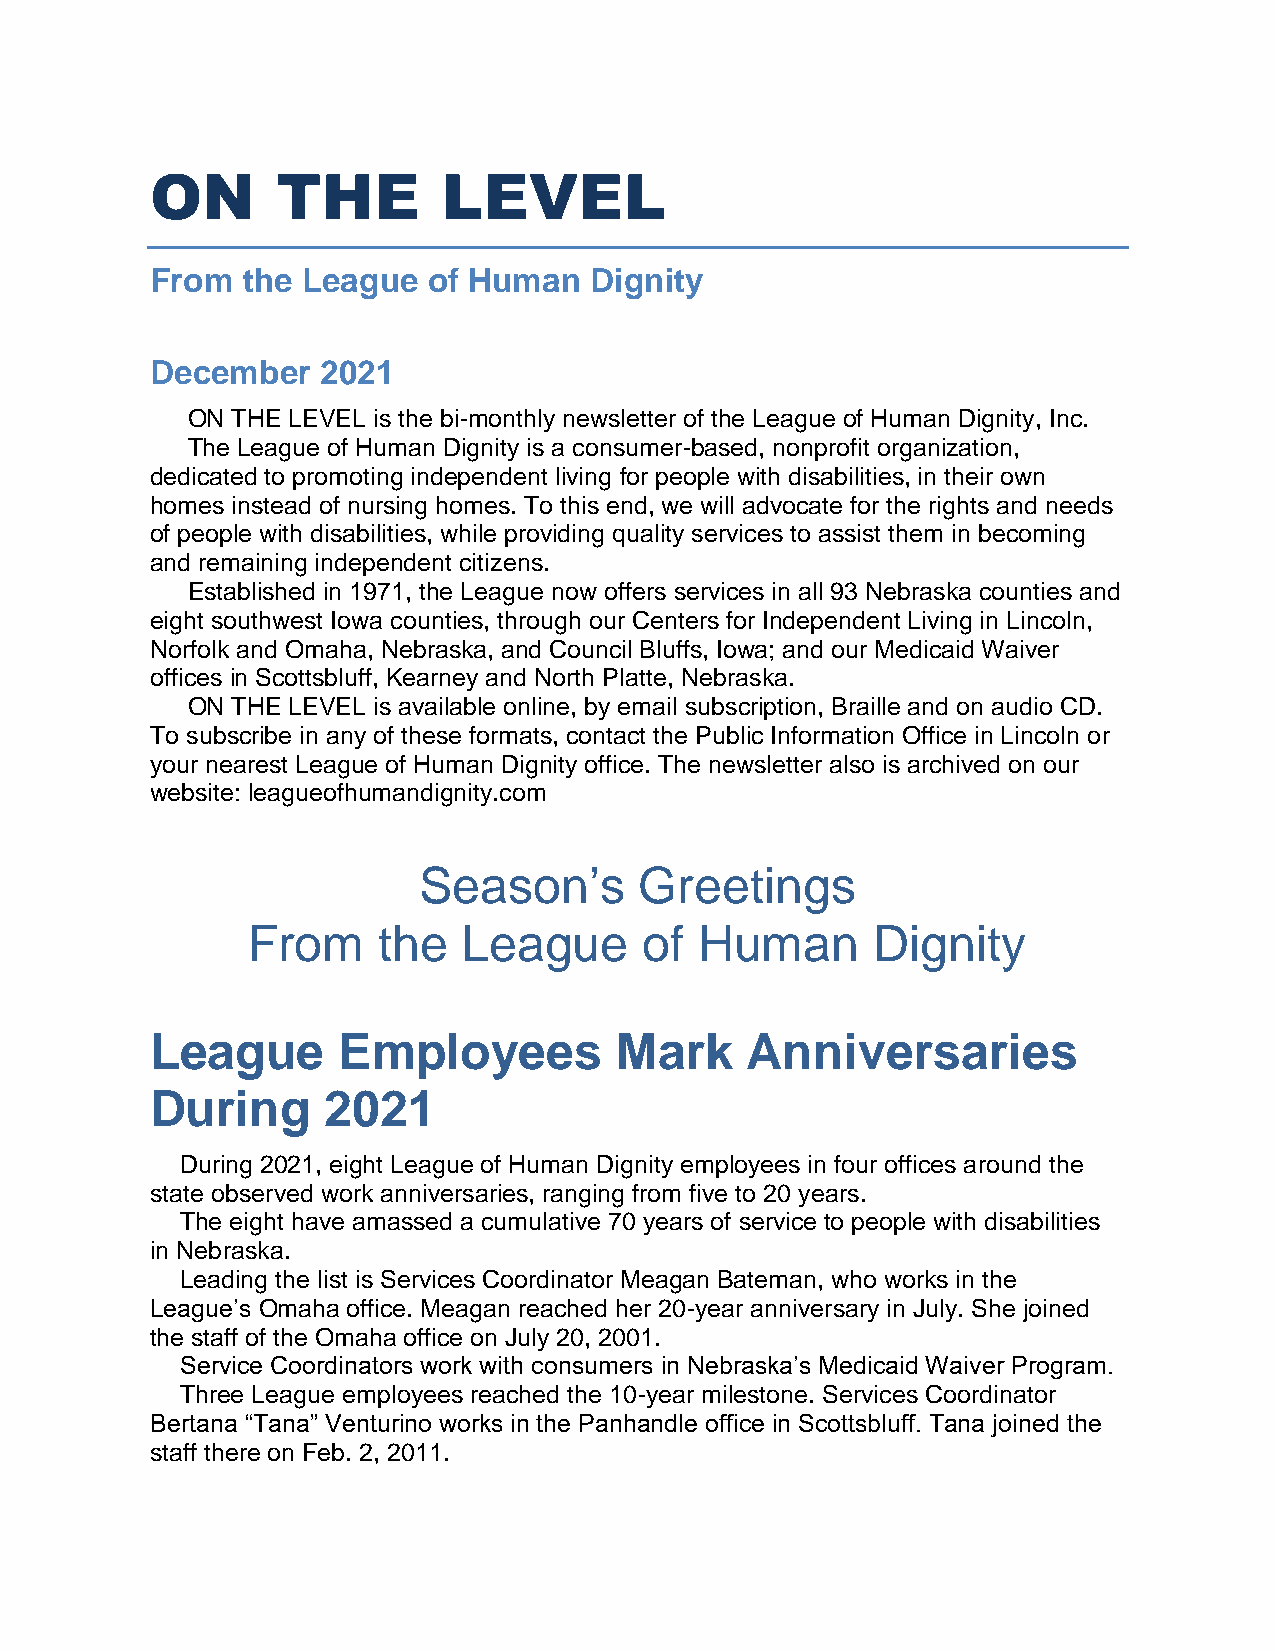
ON      THE        LEVEL
 From  the League  of Human   Dignity
 December   2021
 ON THE LEVEL is the bi-monthly newsletter of the League of Human Dignity, Inc.
 The League of Human Dignity is a consumer-based, nonprofit organization,
 dedicated to promoting independent living for people with disabilities, in their own
 homes instead of nursing homes. To this end, we will advocate for the rights and needs
 of people with disabilities, while providing quality services to assist them in becoming
 and remaining independent citizens.
 Established in 1971, the League now offers services in all 93 Nebraska counties and
 eight southwest Iowa counties, through our Centers for Independent Living in Lincoln,
 Norfolk and Omaha, Nebraska, and Council Bluffs, Iowa; and our Medicaid Waiver
 offices in Scottsbluff, Kearney and North Platte, Nebraska.
 ON THE LEVEL is available online, by email subscription, Braille and on audio CD.
 To subscribe in any of these formats, contact the Public Information Office in Lincoln or
 your nearest League of Human Dignity office. The newsletter also is archived on our
 website: leagueofhumandignity.com
 Season’s      Greetings
 From     the   League      of Human       Dignity
 League      Employees          Mark    Anniversaries
 During      2021
 During 2021, eight League of Human Dignity employees in four offices around the
 state observed work anniversaries, ranging from five to 20 years.
 The eight have amassed a cumulative 70 years of service to people with disabilities
 in Nebraska.
 Leading the list is Services Coordinator Meagan Bateman, who works in the
 League’s Omaha office. Meagan reached her 20-year anniversary in July. She joined
 the staff of the Omaha office on July 20, 2001.
 Service Coordinators work with consumers in Nebraska’s Medicaid Waiver Program.
 Three League employees reached the 10-year milestone. Services Coordinator
 Bertana “Tana” Venturino works in the Panhandle office in Scottsbluff. Tana joined the
 staff there on Feb. 2, 2011.